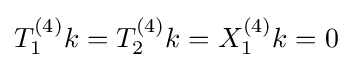
T_{1}^{(4)}k=T_{2}^{(4)}k=X_{1}^{(4)}k=0